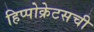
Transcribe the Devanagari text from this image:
हिप्पोक्रेटसची